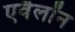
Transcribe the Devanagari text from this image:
एवैलॉन